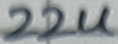
Text: 22u